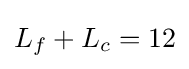
L_{f}+L_{c}=12